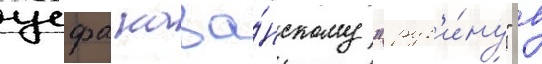
уефа каза́нскому "руб'и́ну" в